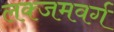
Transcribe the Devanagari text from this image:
लक्जमवर्ग